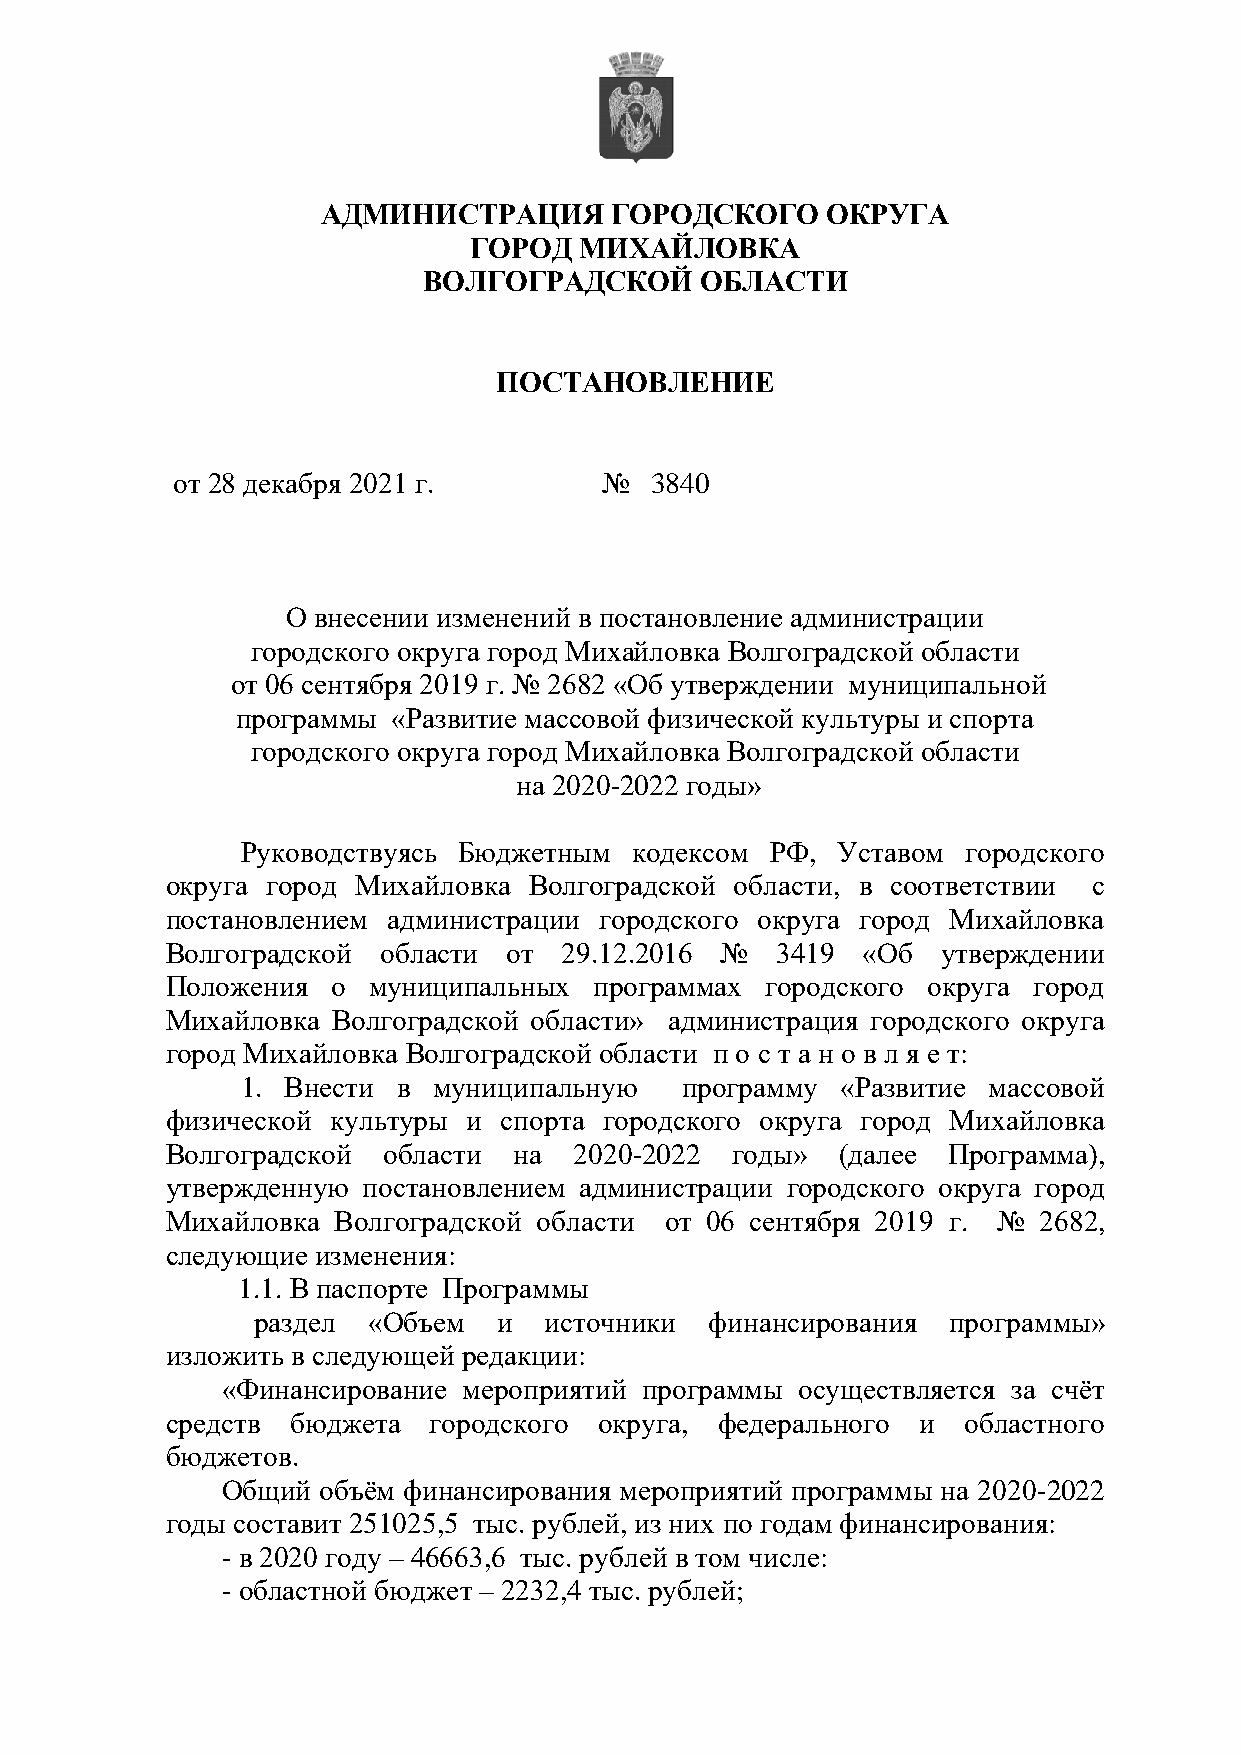
АДМИНИСТРАЦИЯ      ГОРОДСКОГО     ОКРУГА
 ГОРОД  МИХАЙЛОВКА
 ВОЛГОГРАДСКОЙ     ОБЛАСТИ
 ПОСТАНОВЛЕНИЕ
 от 28 декабря 2021 г.        №  3840
 О внесении изменений в постановление администрации
 городского округа город Михайловка Волгоградской области
 от 06 сентября 2019 г. № 2682 «Об утверждении муниципальной
 программы «Развитие массовой физической культуры и спорта
 городского округа город Михайловка Волгоградской области
 на 2020-2022 годы»
 Руководствуясь Бюджетным  кодексом РФ, Уставом  городского
 округа город Михайловка Волгоградской области, в соответствии с
 постановлением администрации городского округа город Михайловка
 Волгоградской области  от 29.12.2016 №  3419  «Об  утверждении
 Положения  о муниципальных  программах  городского округа город
 Михайловка Волгоградской области» администрация городского округа
 город Михайловка Волгоградской области п о с т а н о в л я е т:
 1. Внести в  муниципальную   программу  «Развитие массовой
 физической культуры и спорта городского округа город Михайловка
 Волгоградской области  на  2020-2022 годы»   (далее Программа),
 утвержденную постановлением администрации городского округа город
 Михайловка Волгоградской области от 06 сентября 2019 г. № 2682,
 следующие изменения:
 1.1. В паспорте Программы
 раздел «Объем   и  источники  финансирования  программы»
 изложить в следующей редакции:
 «Финансирование мероприятий программы осуществляется за счёт
 средств бюджета  городского  округа, федерального и  областного
 бюджетов.
 Общий объём финансирования мероприятий программы на 2020-2022
 годы составит 251025,5 тыс. рублей, из них по годам финансирования:
 - в 2020 году – 46663,6 тыс. рублей в том числе:
 - областной бюджет – 2232,4 тыс. рублей;